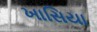
ખાસિયા